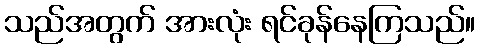
သည်အတွက် အားလုံး ရင်ခုန်နေကြသည်။